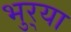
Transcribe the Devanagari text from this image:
भुर्‍या